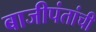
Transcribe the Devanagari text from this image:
बाजीपंतांची